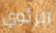
الرئوي